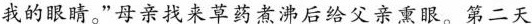
我的眼睛。"母亲找来草药煮沸后给父亲熏眼。第二天